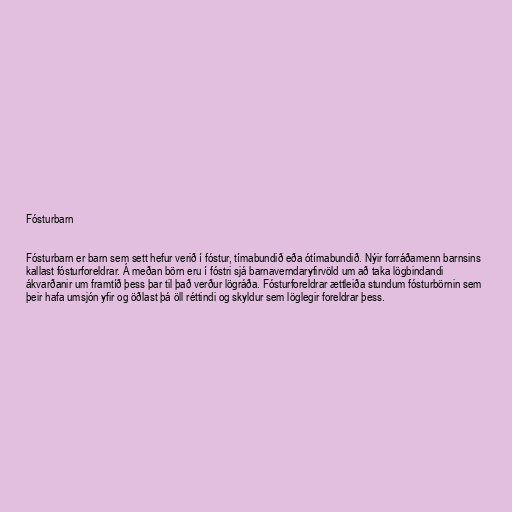
Fósturbarn

Fósturbarn er barn sem sett hefur verið í fóstur, tímabundið eða ótímabundið. Nýir forráðamenn barnsins
kallast fósturforeldrar. Á meðan börn eru í fóstri sjá barnaverndaryfirvöld um að taka lögbindandi
ákvarðanir um framtíð þess þar til það verður lögráða. Fósturforeldrar ættleiða stundum fósturbörnin sem
þeir hafa umsjón yfir og öðlast þá öll réttindi og skyldur sem löglegir foreldrar þess.